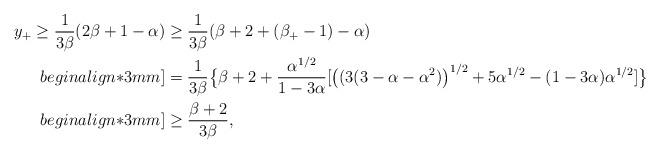
LaTeX: \begin{align*}y_{+}\geq \frac{1}{3\beta}(2\beta +1-\alpha )&\geq \frac{1}{3\beta }(\beta +2+(\beta_{+}-1)-\alpha )\\begin{align*}3mm]&=\frac{1}{3\beta }\big\{ \beta +2 + \frac{\alpha^{1/2}}{1-3\alpha}[\big((3(3-\alpha -\alpha^{2})\big)^{1/2}+5\alpha ^{1/2}-(1-3\alpha )\alpha^{1/2} ]\big\}\\begin{align*}3mm]&\geq \frac{\beta+2}{3\beta},\end{align*}